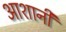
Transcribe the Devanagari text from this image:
आशानी